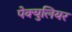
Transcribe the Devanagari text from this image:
पेक्युलियर